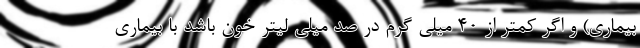
بیماری) و اگر کمتر از 40 میلی گرم در صد میلی لیتر خون باشد با بیماری